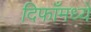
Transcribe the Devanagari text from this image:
दिफाँमध्ये